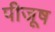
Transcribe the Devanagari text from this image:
पीजूष